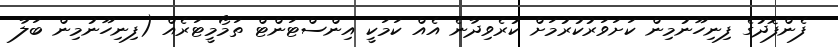
ފެންފޮދުގެ ފިނިހޫނުމިން ކަށަވަރުކުރުމަށް ކުރެވިދާނެ އެއް ކަމަކީ އިންސްޓަންޓް ތަމޯމީޓަރެއް (ފިނިހޫނުމިން ބަލާ